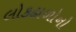
લોકઢાળોનો